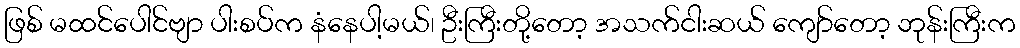
ဖြစ် မထင်ပေါင်ဗျာ ပါးစပ်က နံနေပါ့မယ်၊ ဦးကြီးတို့တော့ အသက်ငါးဆယ် ကျော်တော့ ဘုန်းကြီးက